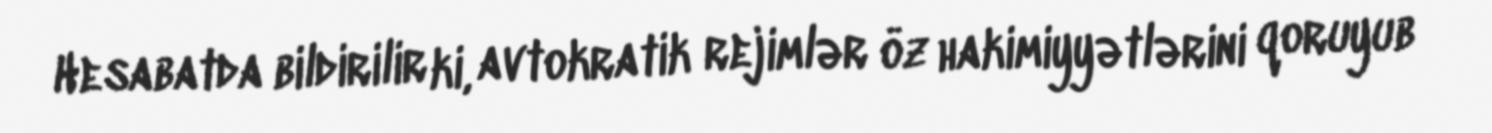
Hesabatda bildirilir ki, avtokratik rejimlər öz hakimiyyətlərini qoruyub